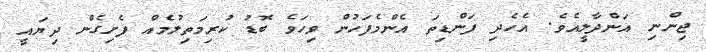
ޖިންނި އަންދާލީއެވެ. އެހެދި ފަންޑިތަ އެންމެފަހުން ވިހަވެ ބޮޑު ކުރިމަތިލުމެއް ފެށިގެން ދިޔައީ